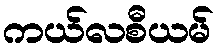
ကယ်လစီယမ်